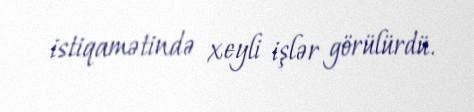
istiqamətində xeyli işlər görülürdü.